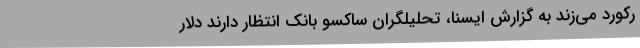
رکورد می‌زند به گزارش ایسنا، تحلیلگران ساکسو بانک انتظار دارند دلار